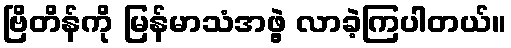
ဗြိတိန်ကို မြန်မာသံအဖွဲ့ လာခဲ့ကြပါတယ်။